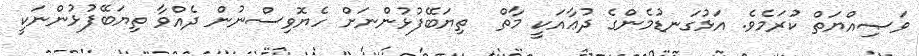
ވަޞިއްޔަތް ކުރަމެވެ. އަޅުގަނޑުމެންގެ ދުޢާއަކީ މާތް  ތިޔަބޭފުޅުންނަށް ހެޔޮވިސްނުން ދެއްވާ ތިޔަބޭފުޅުންނަކީ